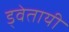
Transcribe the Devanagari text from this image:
ड्वेतायी